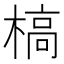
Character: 槁